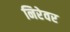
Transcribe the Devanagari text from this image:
निरेवर